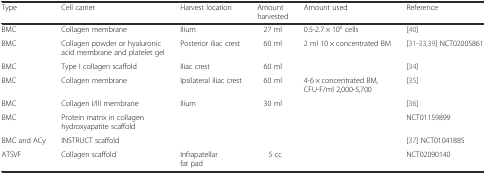
<table><thead><tr><td><b>Type</b></td><td><b>Cell carrier</b></td><td><b>Harvest location</b></td><td><b>Amount harvested</b></td><td><b>Amount used</b></td><td><b>Reference</b></td></tr></thead><tbody><tr><td>BMC</td><td>Collagen membrane</td><td>Ilium</td><td>27 ml</td><td>0.5-2.7 × 10<sup>6</sup> cells</td><td>[40]</td></tr><tr><td>BMC</td><td>Collagen powder or hyaluronic acid membrane and platelet gel</td><td>Posterior iliac crest</td><td>60 ml</td><td>2 ml 10 × concentrated BM</td><td>[31-33,39] NCT02005861</td></tr><tr><td>BMC</td><td>Type I collagen scaffold</td><td>Iliac crest</td><td>60 ml</td><td></td><td>[34]</td></tr><tr><td>BMC</td><td>Collagen membrane</td><td>Ipsilateral iliac crest</td><td>60 ml</td><td>4-6 × concentrated BM, CFU-F/ml 2,000-5,700</td><td>[35]</td></tr><tr><td>BMC</td><td>Collagen I/III membrane</td><td>Ilium</td><td>30 ml</td><td></td><td>[36]</td></tr><tr><td>BMC</td><td>Protein matrix in collagen hydroxyapatite scaffold</td><td></td><td></td><td></td><td>NCT01159899</td></tr><tr><td>BMC and ACy</td><td>INSTRUCT scaffold</td><td></td><td></td><td></td><td>[37] NCT01041885</td></tr><tr><td>ATSVF</td><td>Collagen scaffold</td><td>Infrapatellar fat pad</td><td>5 cc</td><td></td><td>NCT02090140</td></tr></tbody></table>